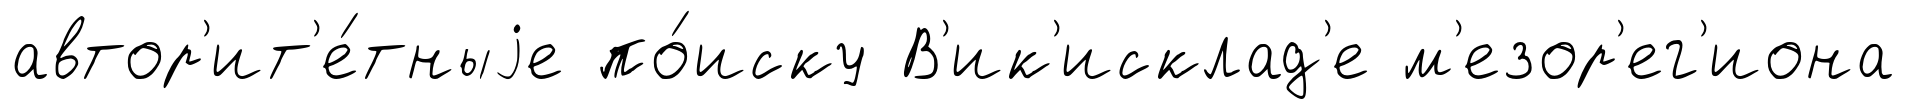
автор'ит'е́тныjе по́иску В'ик'исклад'е м'езор'ег'иона